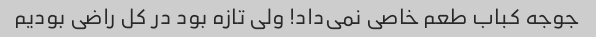
جوجه کباب طعم خاصی نمی‌داد! ولی تازه بود در کل راضی بودیم